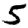
Digit: 5